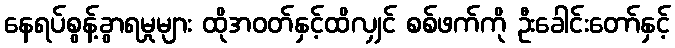
နေရပ်စွန့်ခွာရမှုများ ထိုအဝတ်နှင့်ထိလျှင် စစ်ဖက်ကို ဦးခေါင်းတော်နှင့်